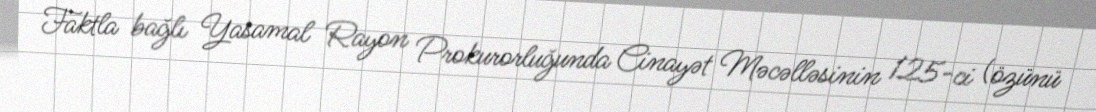
Faktla bağlı Yasamal Rayon Prokurorluğunda Cinayət Məcəlləsinin 125-ci (özünü